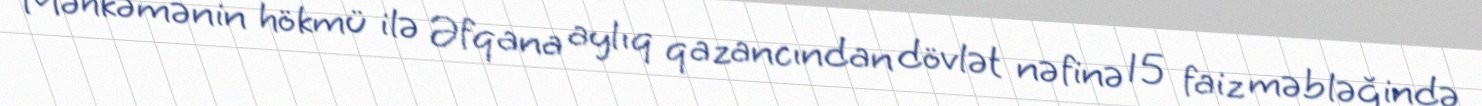
Məhkəmənin hökmü ilə Əfqana aylıq qazancından dövlət nəfinə 15 faiz məbləğində